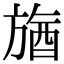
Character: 𣄉